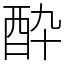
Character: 酔